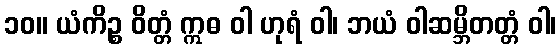
၁၀။ ယံကိဉ္စ ဝိတ္တံ ဣဓ ဝါ ဟုရံ ဝါ၊ ဘယံ ဝါဆမ္ဘိတတ္တံ ဝါ၊